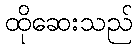
ထိုဆေးသည်